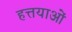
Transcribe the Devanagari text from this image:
हत्तयाओं